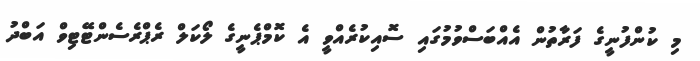
މި ކުންފުނީގެ ފަރާތުން އެއްބަސްވުމުގައި ސޮއިކުރެއްވީ އެ ކޮމްޕެނީގެ ލޯކަލް ރެޕްރެސެންޓޭޓިވް އަބްދު